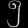
Digit: ၅